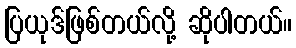
ပြယုဒ်ဖြစ်တယ်လို့ ဆိုပါတယ်။